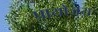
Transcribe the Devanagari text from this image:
प्रायोजय